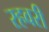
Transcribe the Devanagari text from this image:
रहवरी